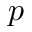
p